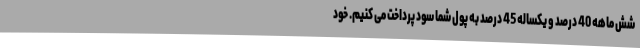
شش ماهه 40 درصد و یکساله 45 درصد به پول شما سود پرداخت می کنیم. خود